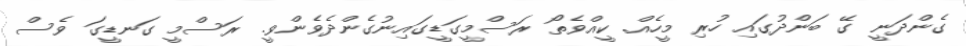
ގެންދަނީ ގޭ ބަންދުގައި ހުރި މީހެއް. ކީއްވެތޯ ރަސްމީގަޑީގައިނުގެންދެވެންވީ. ރަސްމީ ގަނޑީގަ ވެސް